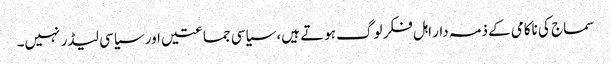
سماج کی ناکامی کے ذمہ دار اہل فکر لوگ ہوتے ہیں، سیاسی جماعتیں اور سیاسی لیڈر نہیں۔